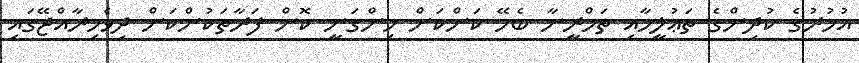
އުމުރުގެ ކުދިންގެ ތަޢުލީމާއި ތަމްރީނާ ބެހޭ ކަންކަން ހިންގަނީ ކޮން ފަރާތަކުންކަން ދިވެހިރާއްޖޭގައި